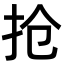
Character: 抢